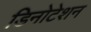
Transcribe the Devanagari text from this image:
डिनोटेशन